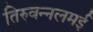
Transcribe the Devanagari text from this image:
तिरुवन्नलमई